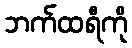
ဘက်ထရီကို